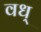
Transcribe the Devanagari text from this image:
वध्